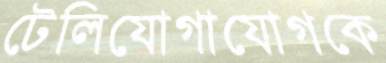
টেলিযোগাযোগকে